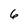
Character: 6